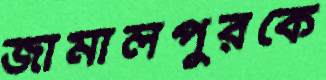
জামালপুরকে